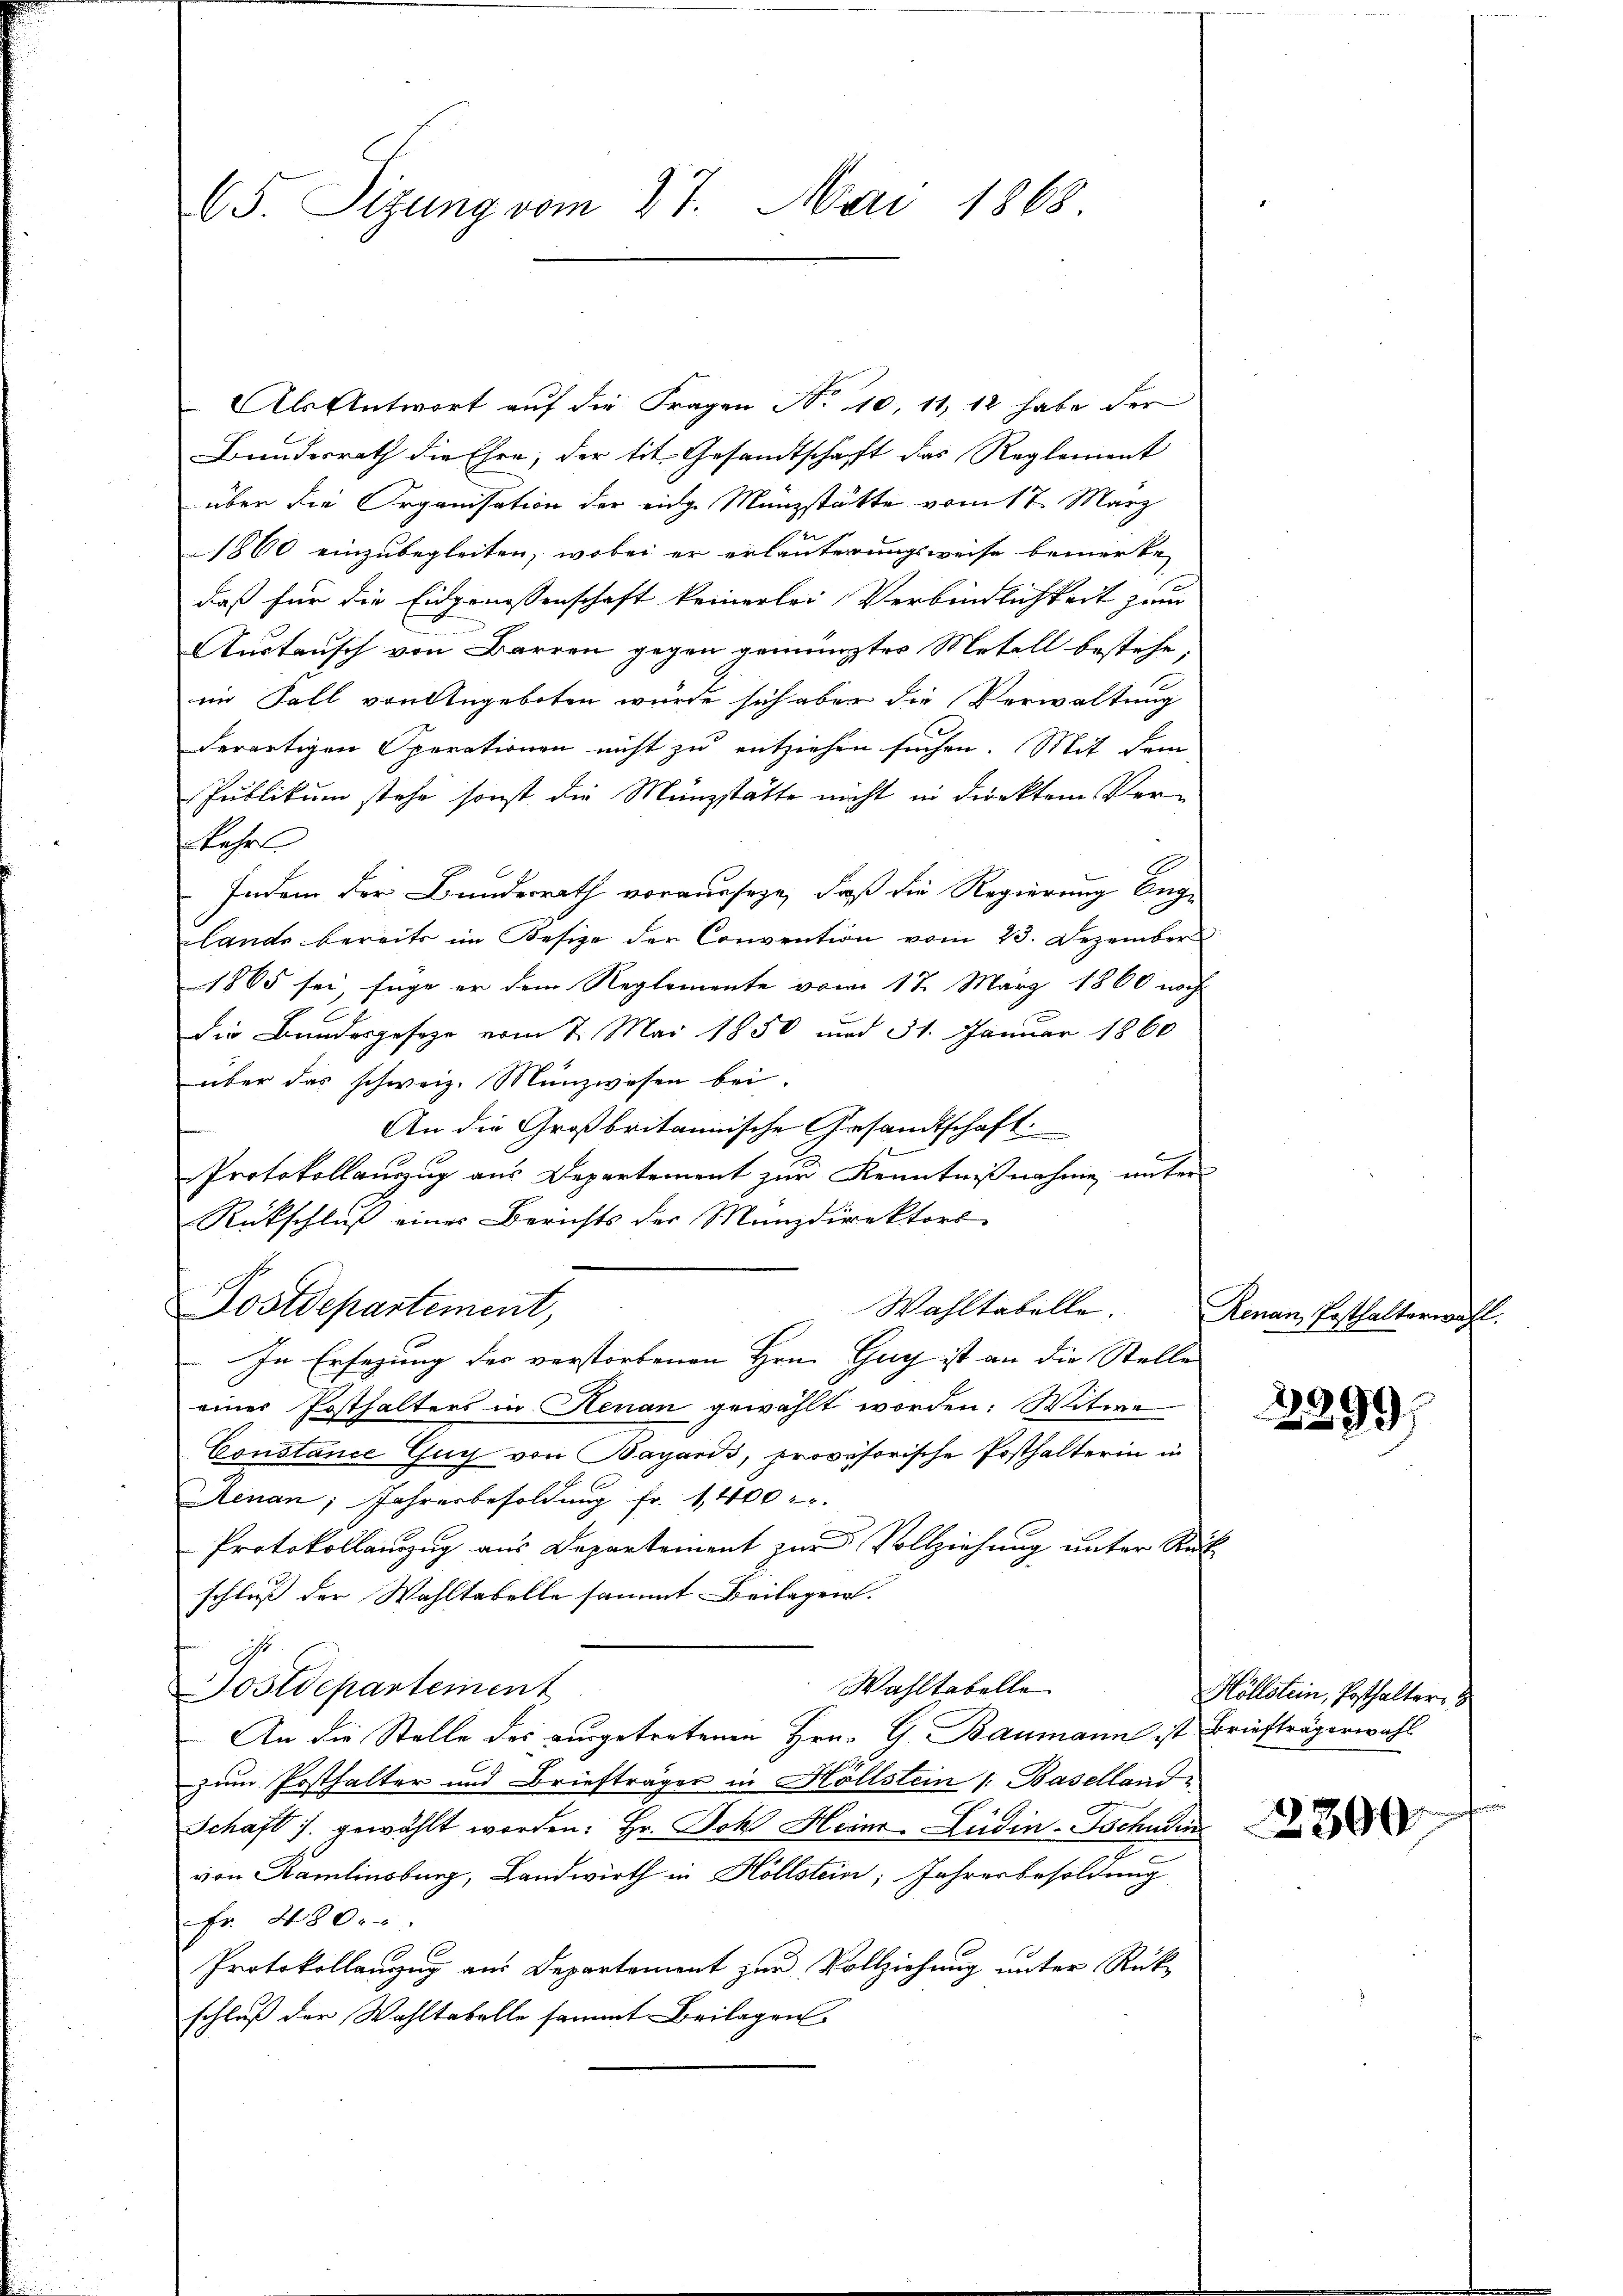
65. Sizung vom 27. Mai 1868.

Als Antwort auf die Fragen No 10, 11, 12 habe der
Bundesrath die Ehre, der tit. Gesandtschaft das Reglement
über die Organisation der einge Manzstätte vom 17. März
un
1860 einzubegleiten, wobei er erläuterungsweise bemerke
daß für die Eidgenossenschaft keinerlei Verbindlichkeit zum
Austausch von Barren gegen gemängter Metall bestehe,
im Fall von Angeboten würde sich aber die Verwaltung
derartigen Operationen nicht zu entziehen suchen. Mit dem
Publikum stehe sonst die Münzstätte nicht in direktem Verskehrt
2
Indem der Bundesrath vorausseze, daß die Regierung bege
lands bereits im Besize der Convention vom 23. Dezember
1865 sei, sage er dem Reglemente vom 17. März 1860 noch
die Bundesgeseze vom 7. Mai 1850 und 31. Januar 1860
über das schweiz. Münzwesen bei.
An die Großbritannische Gesandtschaft.
Protokollauszug aus Departement zur Kenntnißnahme, unter
Rückschluß einer Berichts der Manzdirektors
Wahltabelle.
Postdepartement,
In Ersezung des verstorbenen Hrn. Gug ist an die Stelle
einer Posthalters in Heran gewählt worden: Witwe
Constance Guy von Bagaris, provisorische Posthalterin in
Aenan; Jahresbesoldung fr. 1,400 l.
Protokollauszug aus Departement zur Vollziehung unter Rük
schluß der Wahltabelle sammt Beilagen.
s
Wahltabelle
Postdepartement
An die Stelle des ausgetretenen Hrn. G. Baumann ist Briefträgerwahl
zum Posthalter und Briefträger in Höllstein /: Baselland
Schaft gewählt worden: Hr. Jch Heinr. Ludin-Tschudin
von Ramlinsburg, Landwirth in Höllstein, Jahresbesoldung
Fr. 480.
Protokollanzug aus Departement zur Vollziehung unter Rükschluß der Wahltabelle sammt Beilagen

Renau, Posthalterwahl.

29
2299.

2300

Höllstein, Posthalter,